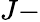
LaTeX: J-